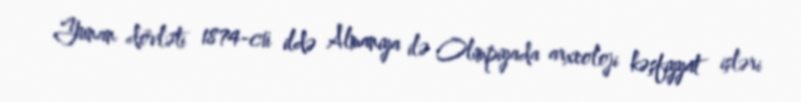
Yunan dövləti 1874-cü ildə Almaniya ilə Olimpiyada arxeoloji kəşfiyyat işləri